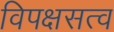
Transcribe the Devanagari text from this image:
विपक्षसत्व